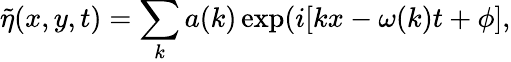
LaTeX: \widetilde{\eta}(x,y,t)=\sum_{k}a(k)\exp(i[kx-\omega(k)t+\phi],